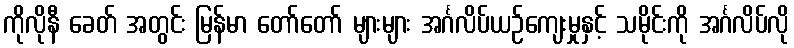
ကိုလိုနီ ခေတ် အတွင်း မြန်မာ တော်တော် များများ အင်္ဂလိပ်ယဉ်ကျေးမှုနှင့် သမိုင်းကို အင်္ဂလိပ်လို